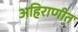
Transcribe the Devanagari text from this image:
अहिराणीत